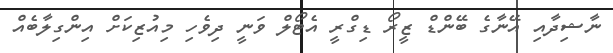
ނާޝިދާއި އޭނާގެ ބޭންޑް ޒީރޯ ޑިގްރީ އެޓޯލް ވަނީ ދިވެހި މިއުޒިކަށް އިންގިލާބެއް